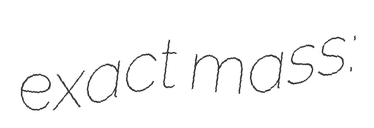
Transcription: exact mass: